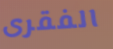
الفقرى